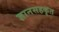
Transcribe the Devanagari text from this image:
ज्ञानसहकृत